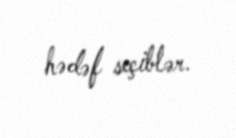
hədəf seçiblər.